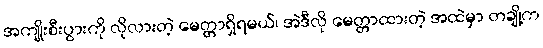
အကျိုးစီးပွားကို လိုလားတဲ့ မေတ္တာရှိရမယ်၊ အဲဒီလို မေတ္တာထားတဲ့ အထဲမှာ တချို့က